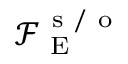
\mathcal { F } _ { \mathrm { ~ E ~ } } ^ { \mathrm { ~ s ~ / ~ o ~ } }